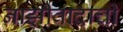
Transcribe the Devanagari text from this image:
नाझीवादाची